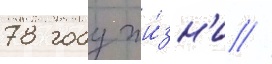
78 году жи́зн'и //